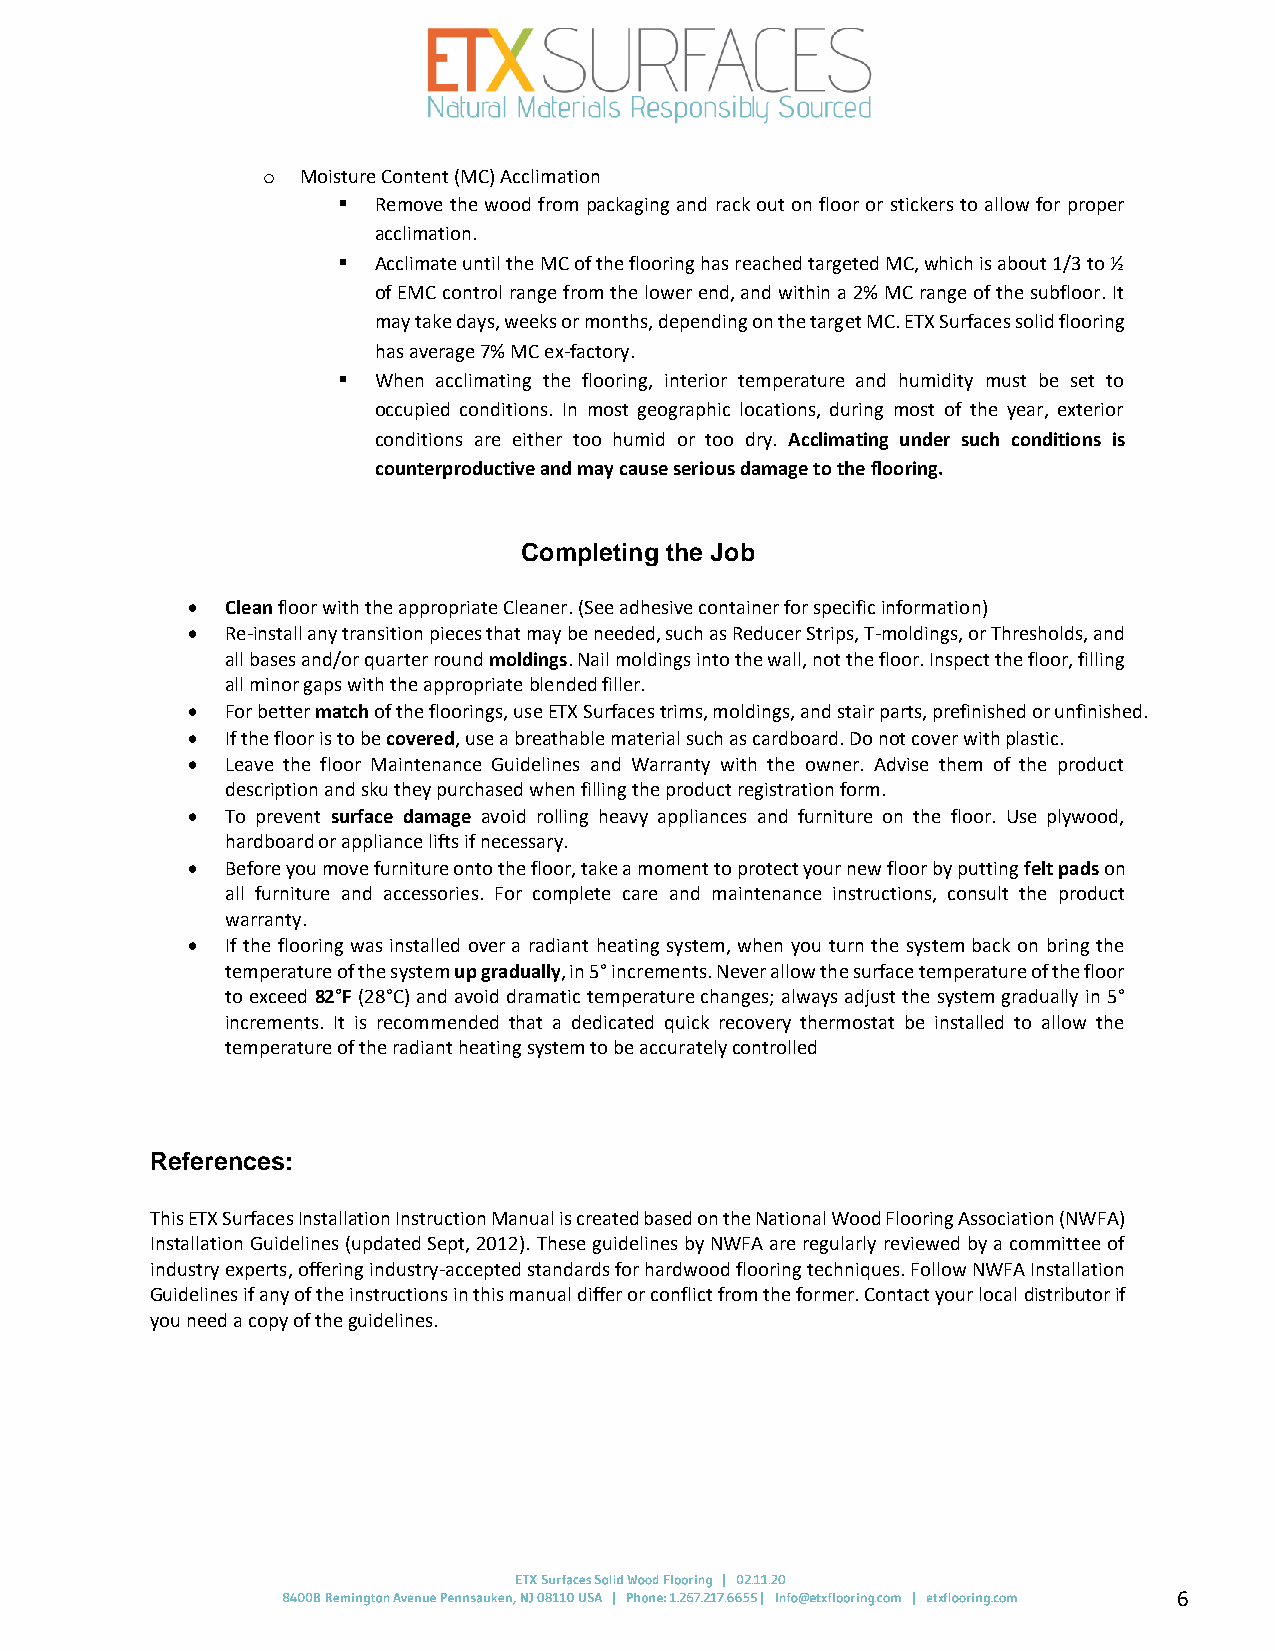
o  Moisture Content (MC) Acclimation
 ▪  Remove the wood from packaging and rack out on floor or stickers to allow for proper
 acclimation.
 ▪  Acclimate until the MC of the flooring has reached targeted MC, which is about 1/3 to ½
 of EMC control range from the lower end, and within a 2% MC range of the subfloor. It
 may take days, weeks or months, depending on the target MC. ETX Surfaces solid flooring
 has average 7% MC ex-factory.
 ▪  When acclimating the flooring, interior temperature and humidity must be set to
 occupied conditions. In most geographic locations, during most of the year, exterior
 conditions are either too humid or too dry. Acclimating under such conditions is
 counterproductive and may cause serious damage to the flooring.
 Completing the Job
 •  Clean floor with the appropriate Cleaner. (See adhesive container for specific information)
 •  Re-install any transition pieces that may be needed, such as Reducer Strips, T-moldings, or Thresholds, and
 all bases and/or quarter round moldings. Nail moldings into the wall, not the floor. Inspect the floor, filling
 all minor gaps with the appropriate blended filler.
 •  For better match of the floorings, use ETX Surfaces trims, moldings, and stair parts, prefinished or unfinished.
 •  If the floor is to be covered, use a breathable material such as cardboard. Do not cover with plastic.
 •  Leave the floor Maintenance Guidelines and Warranty with the owner. Advise them of the product
 description and sku they purchased when filling the product registration form.
 •  To prevent surface damage avoid rolling heavy appliances and furniture on the floor. Use plywood,
 hardboard or appliance lifts if necessary.
 •  Before you move furniture onto the floor, take a moment to protect your new floor by putting felt pads on
 all furniture and accessories. For complete care and maintenance instructions, consult the product
 warranty.
 •  If the flooring was installed over a radiant heating system, when you turn the system back on bring the
 temperature of the system up gradually, in 5° increments. Never allow the surface temperature of the floor
 to exceed 82°F (28°C) and avoid dramatic temperature changes; always adjust the system gradually in 5°
 increments. It is recommended that a dedicated quick recovery thermostat be installed to allow the
 temperature of the radiant heating system to be accurately controlled
 References:
 This ETX Surfaces Installation Instruction Manual is created based on the National Wood Flooring Association (NWFA)
 Installation Guidelines (updated Sept, 2012). These guidelines by NWFA are regularly reviewed by a committee of
 industry experts, offering industry-accepted standards for hardwood flooring techniques. Follow NWFA Installation
 Guidelines if any of the instructions in this manual differ or conflict from the former. Contact your local distributor if
 you need a copy of the guidelines.
 6